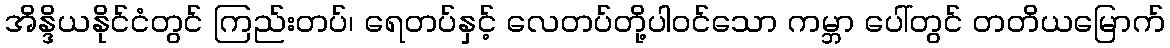
အိန္ဒိယနိုင်ငံတွင် ကြည်းတပ်၊ ရေတပ်နှင့် လေတပ်တို့ပါဝင်သော ကမ္ဘာ ပေါ်တွင် တတိယမြောက်